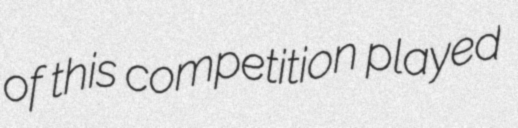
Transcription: of this competition played